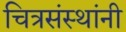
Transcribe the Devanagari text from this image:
चित्रसंस्थांनी